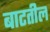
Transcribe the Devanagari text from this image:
बाटतील